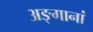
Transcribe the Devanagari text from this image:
अङ्गानां